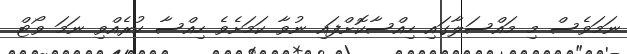
ނަމަވެސް މި މައްސަލާގައި ހިއްސާކޮށްފައި ނުވާ ކަމަށެވެ ހިއްސާ ކުރެއްވި ނަމަ ވޯޓް